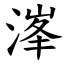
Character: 溄